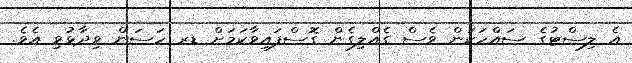
އެ ލިސްޓުގެ ސައްހަކަން ވެސް ގެއްލިގެން ގޮސްފައިވާކަމަށް ޑރ ހަސަން ވިދާޅުވި އެވެ.